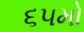
૬૫મો